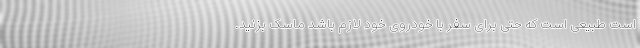
است طبیعی است که حتی برای سفر با خودروی خود لازم باشد ماسک بزنید.